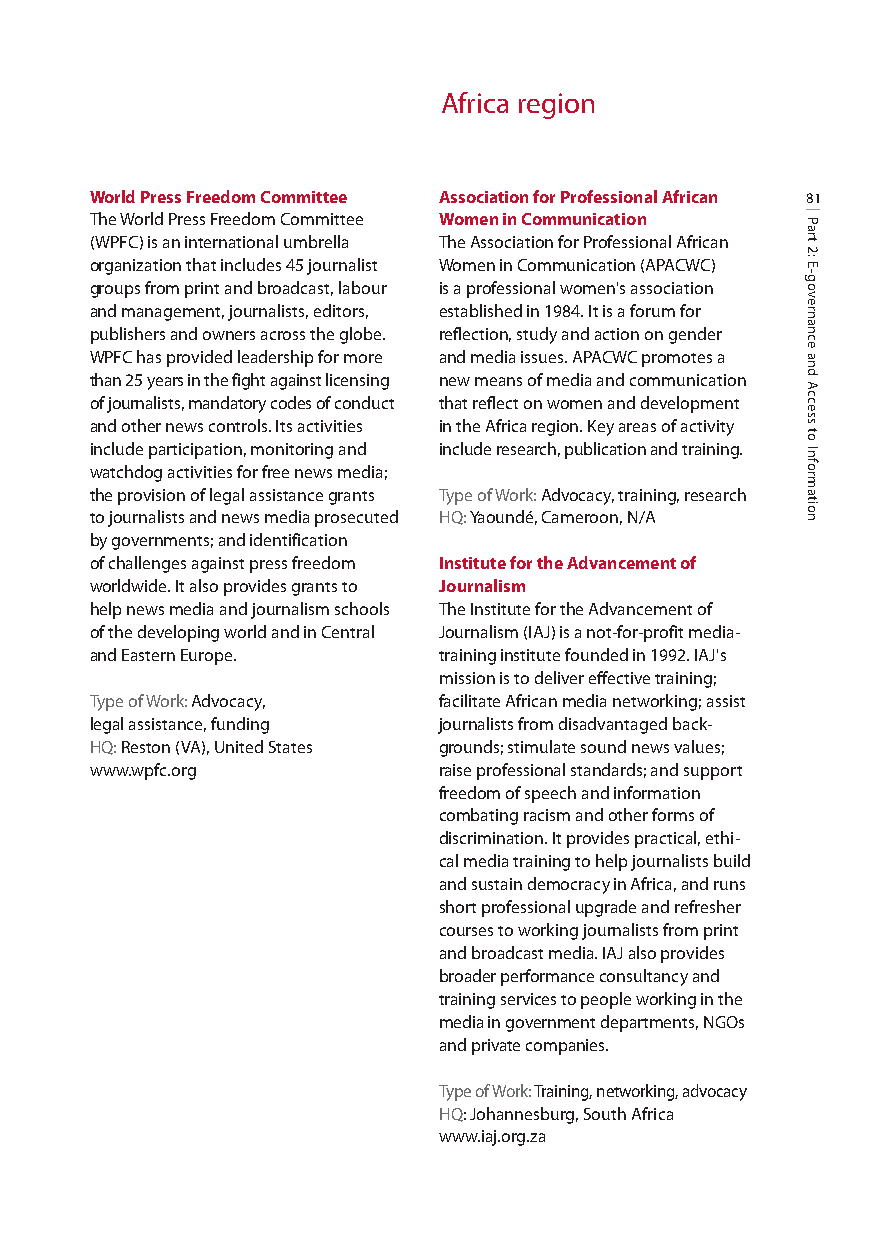
Africa region
 World Press Freedom Committee Association for Professional African 81
 The World Press Freedom Committee Women in Communication
 (WPFC) is an international umbrella The Association for Professional African
 organization that includes 45 journalist Women in Communication (APACWC)
 groups from print and broadcast, labour is a professional women's association
 and management, journalists, editors, established in 1984. It is a forum for
 publishers and owners across the globe. reflection, study and action on gender
 WPFC has provided leadership for more and media issues. APACWC promotes a
 than 25 years in the fight against licensing new means of media and communication
 of journalists, mandatory codes of conduct that reflect on women and development
 and other news controls. Its activities in the Africa region. Key areas of activity
 include participation, monitoring and include research, publication and training.
 watchdog activities for free news media;
 the provision of legal assistance grants Type of Work: Advocacy, training, research
 to journalists and news media prosecuted HQ:Yaoundé, Cameroon, N/A
 by governments; and identification
 of challenges against press freedom Institute for the Advancement of
 worldwide. It also provides grants to Journalism
 help news media and journalism schools The Institute for the Advancement of
 of the developing world and in Central Journalism (IAJ) is a not-for-profit media-
 and Eastern Europe.    training institute founded in 1992. IAJ's
 mission is to deliver effective training;
 Type of Work: Advocacy, facilitate African media networking; assist
 legal assistance, funding journalists from disadvantaged back-
 HQ:Reston (VA), United States grounds; stimulate sound news values;
 www.wpfc.org           raise professional standards; and support
 freedom of speech and information
 combating racism and other forms of
 discrimination. It provides practical, ethi-
 cal media training to help journalists build
 and sustain democracy in Africa, and runs
 short professional upgrade and refresher
 courses to working journalists from print
 and broadcast media.IAJ also provides
 broader performance consultancy and
 training services to people working in the
 media in government departments, NGOs
 and private companies.
 Type of Work: Training, networking, advocacy
 HQ: Johannesburg, South Africa
 www.iaj.org.za
 Part
 2:
 E-governance
 and
 Access
 to
 Information